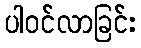
ပါဝင်လာခြင်း